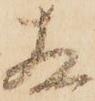
相